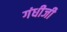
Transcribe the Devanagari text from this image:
गंधीजी